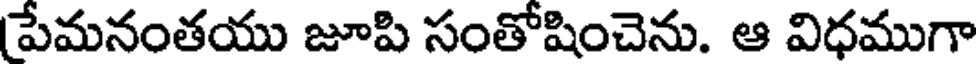
పేమనంతయు జూపి సంతోషించెను. ఆ విధముగా